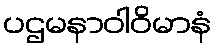
ပဌမနာဝါဝိမာနံ